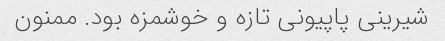
شیرینی پاپیونی تازه و خوشمزه بود. ممنون